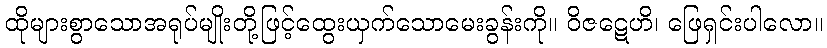
ထိုများစွာသောအရုပ်မျိုးတို့ဖြင့်ထွေးယှက်သောမေးခွန်းကို။ ဝိဇဋေဟိ၊ ဖြေရှင်းပါလော။